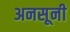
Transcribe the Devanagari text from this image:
अनसूनी